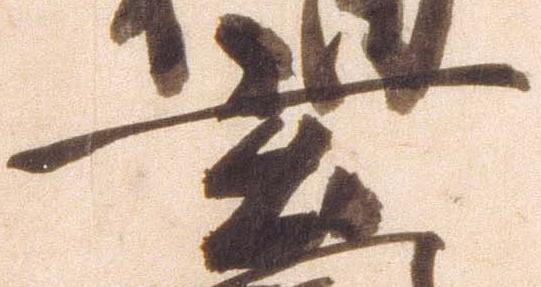
玄